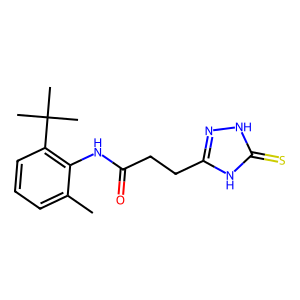
SMILES: Cc1cccc(C(C)(C)C)c1NC(=O)CCc1n[nH]c(=S)[nH]1
Inhibits HIV replication: No